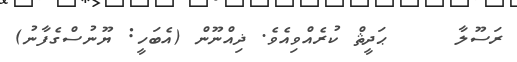
ރަސޫލާ     ޙަދީޘް ކުރެއްވިއެވެ. ޛިއްނޫން (އެބަހީ: ޔޫނުސްގެފާނު)